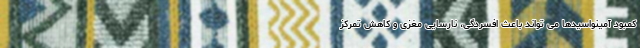
کمبود آمینواسیدها می تواند باعث افسردگی، نارسایی مغزی و کاهش تمرکز